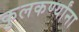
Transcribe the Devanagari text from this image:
कुलकर्ण्यांना